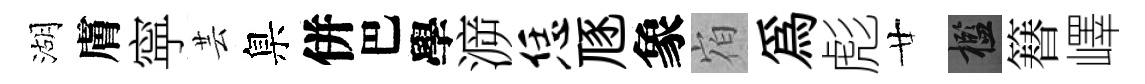
湖膚寜芸臬併巴學㴑恁豗象𪧐為彪廿檻簮嶧